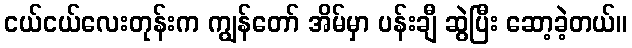
ငယ်ငယ်လေးတုန်းက ကျွန်တော် အိမ်မှာ ပန်းချီ ဆွဲပြီး ဆော့ခဲ့တယ်။